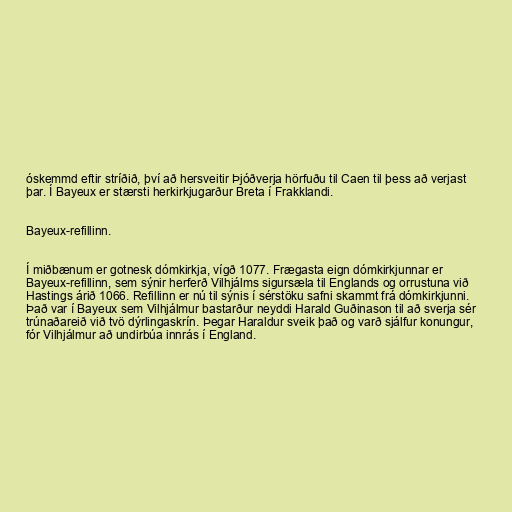
óskemmd eftir stríðið, því að hersveitir Þjóðverja hörfuðu til Caen til þess að verjast
þar. Í Bayeux er stærsti herkirkjugarður Breta í Frakklandi.

Bayeux-refillinn.

Í miðbænum er gotnesk dómkirkja, vígð 1077. Frægasta eign dómkirkjunnar er
Bayeux-refillinn, sem sýnir herferð Vilhjálms sigursæla til Englands og orrustuna við
Hastings árið 1066. Refillinn er nú til sýnis í sérstöku safni skammt frá dómkirkjunni.
Það var í Bayeux sem Vilhjálmur bastarður neyddi Harald Guðinason til að sverja sér
trúnaðareið við tvö dýrlingaskrín. Þegar Haraldur sveik það og varð sjálfur konungur,
fór Vilhjálmur að undirbúa innrás í England.